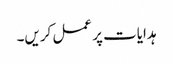
ہدایات پر عمل کریں۔